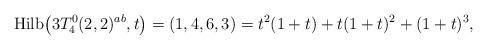
LaTeX: \begin{gather*}{\rm Hilb}\big(3T_4^{0}(2,2)^{ab},t\big)=(1,4,6,3)=t^2(1+t)+t(1+t)^2+(1+t)^3,\end{gather*}